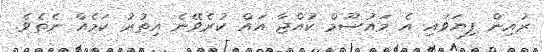
ރުއިން ފިޔަވައި އެ މައުސޫމް ކުއްޖާ އައް ކުރެވޭނެ އިތުރު ކަމެއް ނެތެވެ.